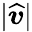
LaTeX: |\widehat{\boldsymbol{v}}|